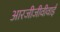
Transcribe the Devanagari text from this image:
आरजीजीवीवाई